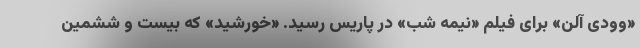
«وودی آلن» برای فیلم «نیمه شب» در پاریس رسید. «خورشید» که بیست و ششمین